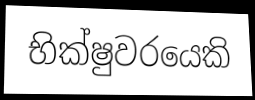
භික්ෂුවරයෙකි